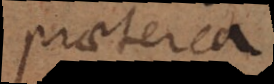
praeterea